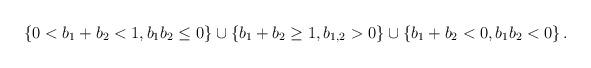
LaTeX: \begin{align*}\left\{ 0<b_{1}+b_{2}<1,b_{1}b_{2}\leq 0\right\} \cup \left\{b_{1}+b_{2}\geq 1,b_{1,2}>0\right\} \cup \left\{b_{1}+b_{2}<0,b_{1}b_{2}<0\right\} . \end{align*}